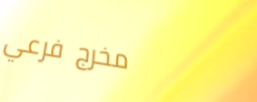
مخرج فرعي